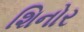
શિનોર